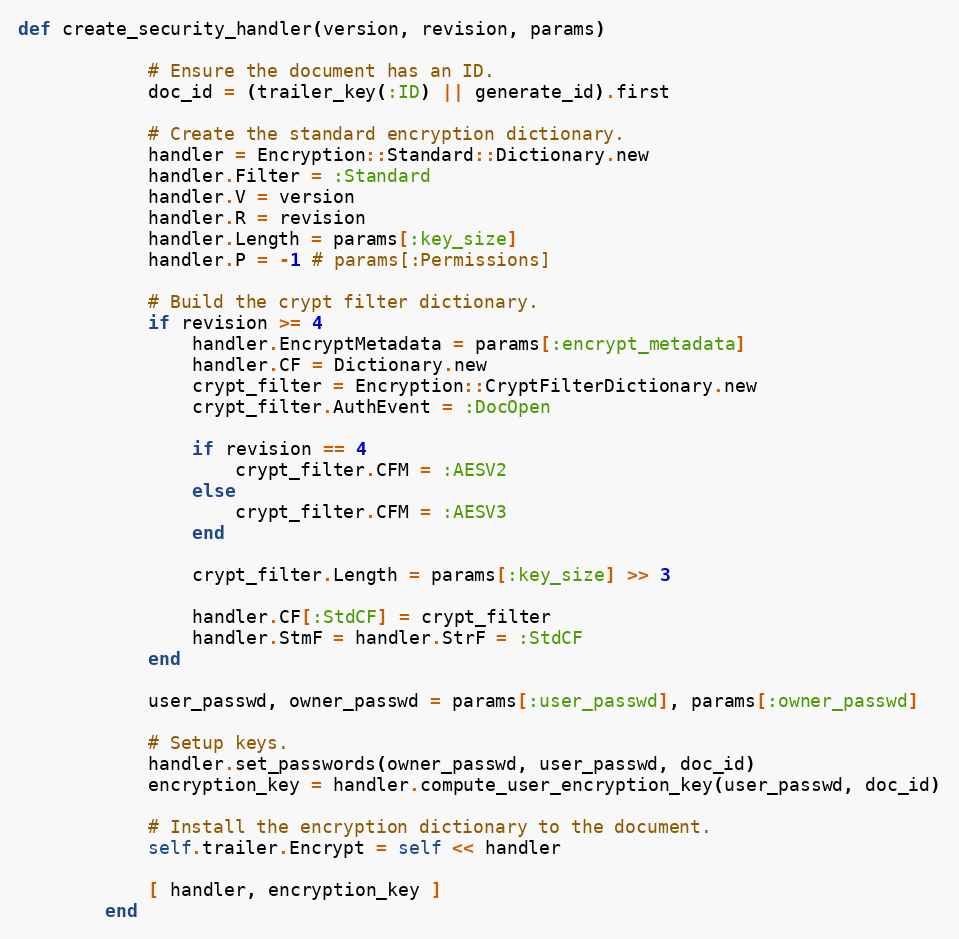
Language: Ruby
def create_security_handler(version, revision, params)

            # Ensure the document has an ID.
            doc_id = (trailer_key(:ID) || generate_id).first

            # Create the standard encryption dictionary.
            handler = Encryption::Standard::Dictionary.new
            handler.Filter = :Standard
            handler.V = version
            handler.R = revision
            handler.Length = params[:key_size]
            handler.P = -1 # params[:Permissions]

            # Build the crypt filter dictionary.
            if revision >= 4
                handler.EncryptMetadata = params[:encrypt_metadata]
                handler.CF = Dictionary.new
                crypt_filter = Encryption::CryptFilterDictionary.new
                crypt_filter.AuthEvent = :DocOpen

                if revision == 4
                    crypt_filter.CFM = :AESV2
                else
                    crypt_filter.CFM = :AESV3
                end

                crypt_filter.Length = params[:key_size] >> 3

                handler.CF[:StdCF] = crypt_filter
                handler.StmF = handler.StrF = :StdCF
            end

            user_passwd, owner_passwd = params[:user_passwd], params[:owner_passwd]

            # Setup keys.
            handler.set_passwords(owner_passwd, user_passwd, doc_id)
            encryption_key = handler.compute_user_encryption_key(user_passwd, doc_id)

            # Install the encryption dictionary to the document.
            self.trailer.Encrypt = self << handler

            [ handler, encryption_key ]
        end